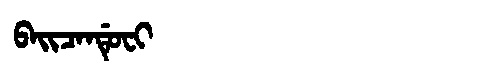
Manchu: ᠪᠠᡳᠴᠠᠨᡩᡠᠸᡳ
Romanization: BAICANDUFI